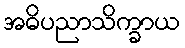
အဓိပညာသိက္ခာယ